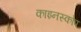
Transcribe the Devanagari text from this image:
काइनस्कोप